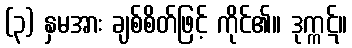
(၃) နှမအား ချစ်စိတ်ဖြင့် ကိုင်၏။ ဒုက္ကဋ်။